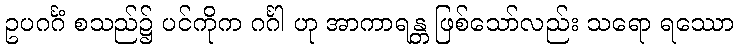
ဥပဂင်္ဂံ စသည်၌ ပင်ကိုက ဂင်္ဂါ ဟု အာကာရန္တ ဖြစ်သော်လည်း သရော ရဿော